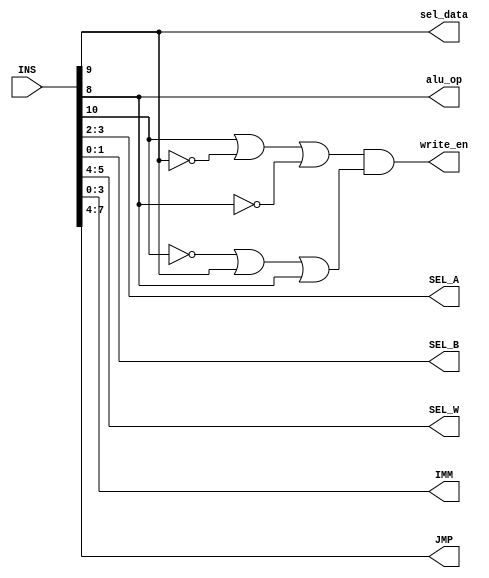
// Critical path delay = 7ns
module ins_dec(INS, sel_data, write_en, alu_op, SEL_A, SEL_B, SEL_W, IMM, JMP);
   input [15:0] INS;
   output      sel_data;
   output      write_en;
   output      alu_op;
   output [1:0] SEL_A;
   output [1:0] SEL_B;
   output [1:0] SEL_W;
   output [3:0] IMM;
   output [3:0] JMP;
   // sel_data = INS[9]
   buf #(1) buf_0(sel_data, INS[9]); // buf is wire delay
   // write_en = (INS[10]+~INS[9]+~INS[8])*(~INS[10]+INS[9]+INS[8])
   wire         w0, w1, w2, w3, w4;
   not #(1) not_0(w0, INS[9]);
   not #(1) not_1(w1, INS[8]);
   not #(1) not_2(w2, INS[10]);
   or #(3) or_0(w3, INS[10], w0, w1);
   or #(3) or_1(w4, w2, INS[9], INS[8]);
   and #(3) and_0(write_en, w3, w4);
   // alu_op = INS[8]
   buf #(1) buf_1(alu_op, INS[8]);
   // SEL_A = INS[3:2]
   buf #(1) buf_2(SEL_A[1], INS[3]);
   buf #(1) buf_3(SEL_A[0], INS[2]);
   // SEL_B = INS[1:0]
   buf #(1) buf_4(SEL_B[1], INS[1]);
   buf #(1) buf_5(SEL_B[0], INS[0]);
   // SEL_W = INS[5:4]
   buf #(1) buf_6(SEL_W[1], INS[5]);
   buf #(1) buf_7(SEL_W[0], INS[4]);
   // IMM = INS[3:0]
   buf #(1) buf_8(IMM[3], INS[3]);
   buf #(1) buf_9(IMM[2], INS[2]);
   buf #(1) buf_10(IMM[1], INS[1]);
   buf #(1) buf_11(IMM[0], INS[0]);
   // JMP = INS[7:4]
   buf #(1) buf_12(JMP[3], INS[7]);
   buf #(1) buf_13(JMP[2], INS[6]);
   buf #(1) buf_14(JMP[1], INS[5]);
   buf #(1) buf_15(JMP[0], INS[4]);
endmodule